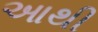
આથી